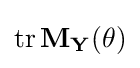
\operatorname {tr} \mathbf {M} _{\mathbf {Y} }(\theta )